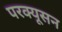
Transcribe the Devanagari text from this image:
परक्यूसन